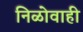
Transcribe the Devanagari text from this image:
निळोवाही